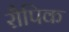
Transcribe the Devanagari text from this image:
रौपिक